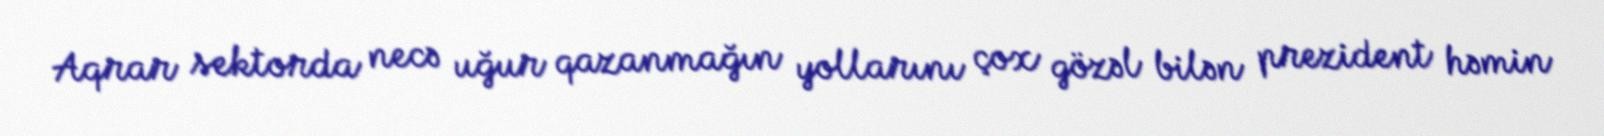
Aqrar sektorda necə uğur qazanmağın yollarını çox gözəl bilən prezident həmin